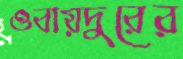
ওবায়দুরের